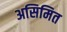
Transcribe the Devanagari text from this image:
असिमित